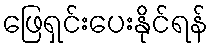
ဖြေရှင်းပေးနိုင်ရန်